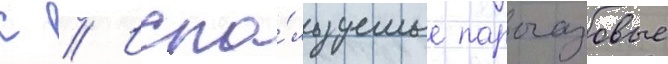
С // Испо́льзуемые парогазовые